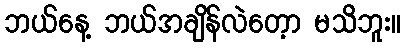
ဘယ်နေ့ ဘယ်အချိန်လဲတေ့ာ မသိဘူး။